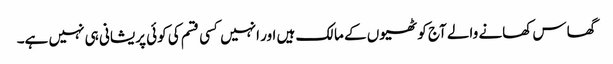
گھاس کھانے والے آج کوٹھیوں کے مالک ہیں اور انہیں کسی قسم کی کوئی پریشانی ہی نہیں ہے۔